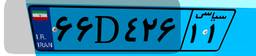
۶۶D۴۲۶۱۱